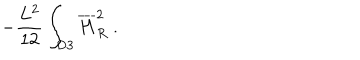
- { \frac { L ^ { 2 } } { 1 2 } } \int _ { \mathrm { D 3 } } { \overline { { H } } } _ { R } ^ { 2 } ~ .